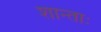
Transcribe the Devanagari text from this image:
शान्ताः